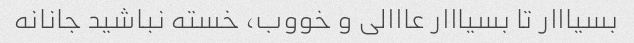
بسیااار تا بسیااار عااالی و خووب، خسته نباشید جانانه